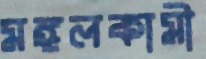
মঙ্গলকামী